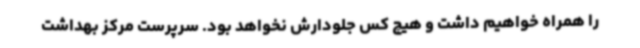
را همراه خواهیم داشت و هیچ کس جلودارش نخواهد بود. سرپرست مرکز بهداشت